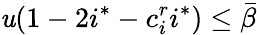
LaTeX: \mathit{u}(1-2i^{*}-c_{i}^{r}i^{*})\le\bar{{\beta}}